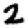
Digit: 2